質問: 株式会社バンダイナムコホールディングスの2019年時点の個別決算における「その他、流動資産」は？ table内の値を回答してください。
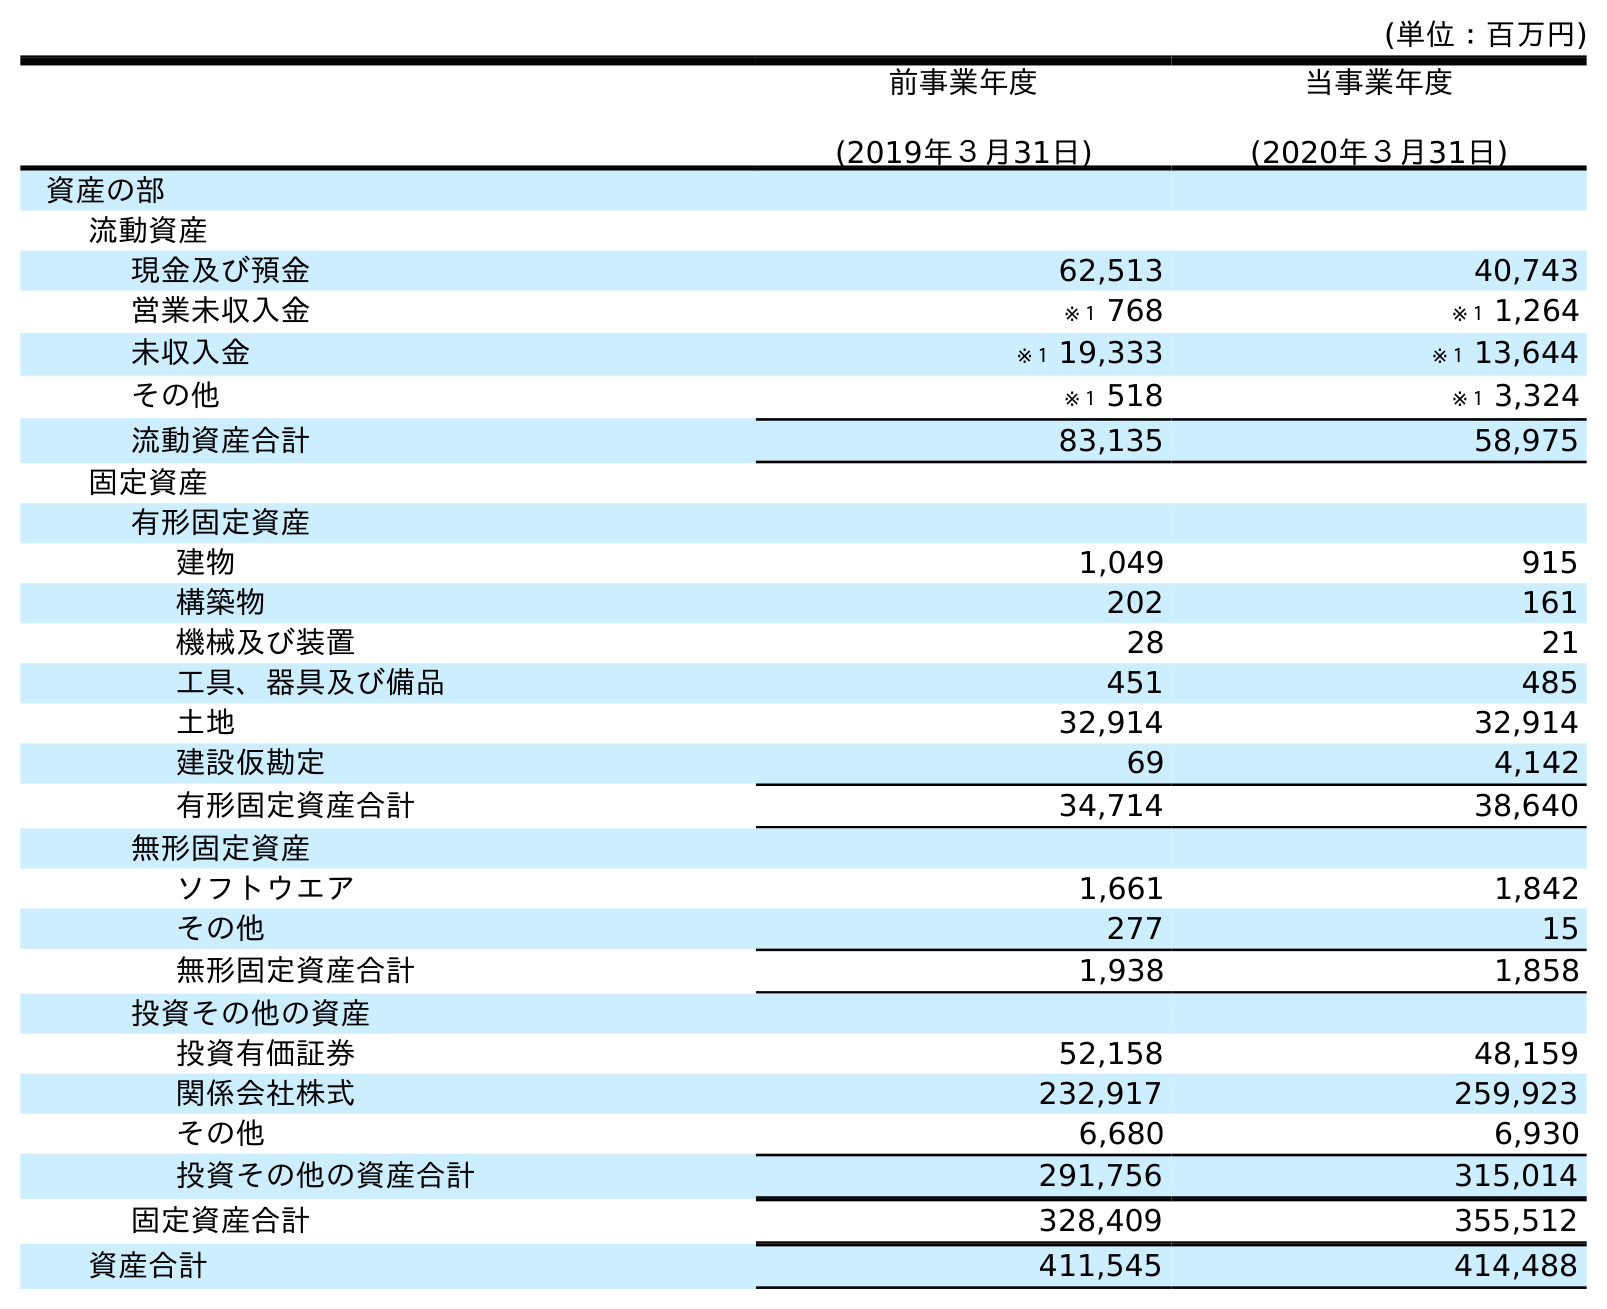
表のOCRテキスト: (単位：百万円) 前事業年度 (2019年３月31日) 当事業年度 (2020年３月31日) 資産の部 流動資産 現金及び預金 62,513 40,743 営業未収入金 ※１ 768 ※１ 1,264 未収入金 ※１ 19,333 ※１ 13,644 その他 ※１ 518 ※１ 3,324 流動資産合計 83,135 58,975 固定資産 有形固定資産 建物 1,049 915 構築物 202 161 機械及び装置 28 21 工具、器具及び備品 451 485 土地 32,914 32,914 建設仮勘定 69 4,142 有形固定資産合計 34,714 38,640 無形固定資産 ソフトウエア 1,661 1,842 その他 277 15 無形固定資産合計 1,938 1,858 投資その他の資産 投資有価証券 52,158 48,159 関係会社株式 232,917 259,923 その他 6,680 6,930 投資その他の資産合計 291,756 315,014 固定資産合計 328,409 355,512 資産合計 411,545 414,488
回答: ※１518